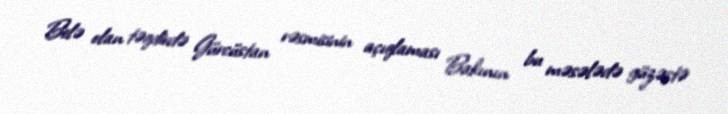
Belə olan təqdirdə Gürcüstan rəsmisinin açıqlaması Bakının bu məsələdə güzəştə